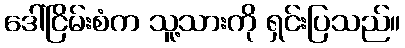
ဒေါ်ငြိမ်းစံက သူ့သားကို ရှင်းပြသည်။